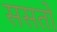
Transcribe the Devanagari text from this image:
ससतो